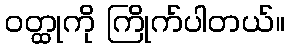
ဝတ္ထုကို ကြိုက်ပါတယ်။